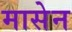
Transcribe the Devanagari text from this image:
मासेन